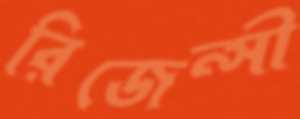
রিজেন্সী